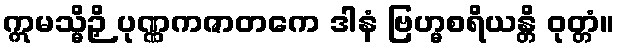
ဣမသ္မိဉှိ ပုဏ္ဏကဇာတကေ ဒါနံ ဗြဟ္မစရိယန္တိ ဝုတ္တံ။